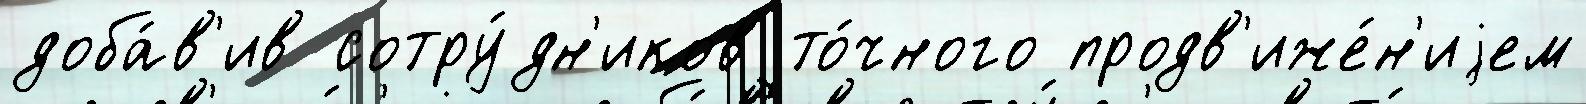
доба́в'ив сотру́дн'иков то́чного продв'иже́н'иjем